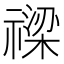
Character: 𥛫